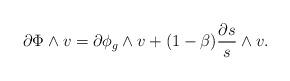
LaTeX: \begin{align*}\partial\Phi\wedge v = \partial\phi_g\wedge v + (1-\beta)\frac{\partial s}{s}\wedge v. \end{align*}